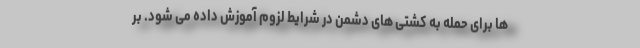
ها برای حمله به کشتی های دشمن در شرایط لزوم آموزش داده می شود. بر